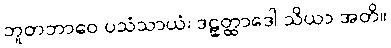
ဘူတဘာဝေ ပသံသာယံ၊ ဒဠှတ္ထာဒေါ သိယာ အတိ။